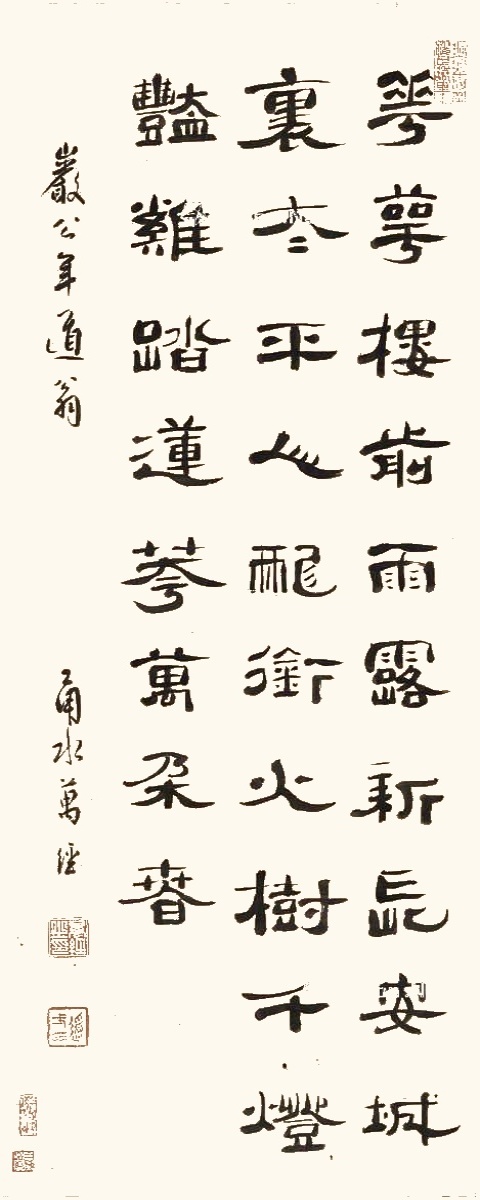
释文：花萼楼前雨露新，长安城里太平人。龙衔火树千灯艳，鸡踏莲花万朶春。岩公年道翁，甬水万经。